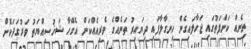
ތިނެއް ކަންފަތުގައި ޖަހާލައިގެން ހިނގާލާފައި ދިޔައިރު ތަނެއްގެ ވެރިއެއްކަން އެގޭހާ ޝަޚުސިއްޔަތު ވަރުގަދަކޮށް